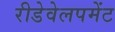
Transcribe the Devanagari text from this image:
रीडेवेलपमेंट